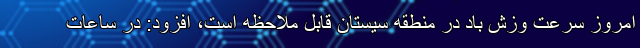
امروز سرعت وزش باد در منطقه سیستان قابل ملاحظه است، افزود: در ساعات